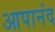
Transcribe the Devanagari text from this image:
आपानंद